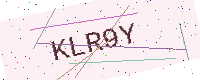
Text: KLR9Y